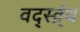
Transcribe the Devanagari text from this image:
वर्द्स्व्र्थ